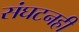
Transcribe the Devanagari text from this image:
संघटनही